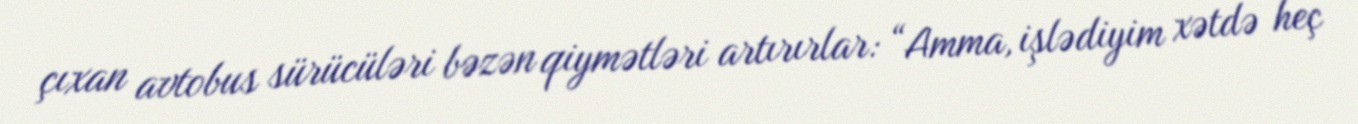
çıxan avtobus sürücüləri bəzən qiymətləri artırırlar: “Amma, işlədiyim xətdə heç